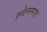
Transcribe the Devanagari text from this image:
ह्वेनसाङ